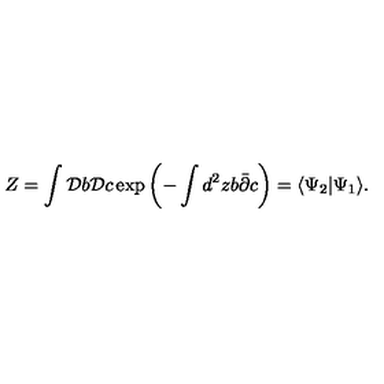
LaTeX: Z = \int { \cal D } b { \cal D } c \exp { \left( - \int d ^ { 2 } z b \bar { \partial } c \right) } = \langle \Psi _ { 2 } | \Psi _ { 1 } \rangle .